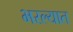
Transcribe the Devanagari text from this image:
भरल्यात